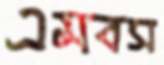
এমবস